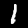
Digit: 1